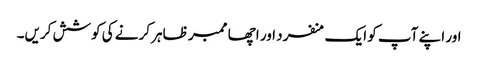
اور اپنے آپ کو ایک منفرد اور اچھا ممبر ظاہر کرنے کی کوشش کریں۔